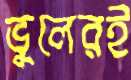
ভুলেরই